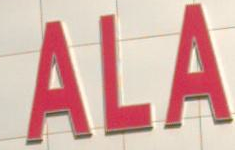
ALA